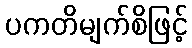
ပကတိမျက်စိဖြင့်